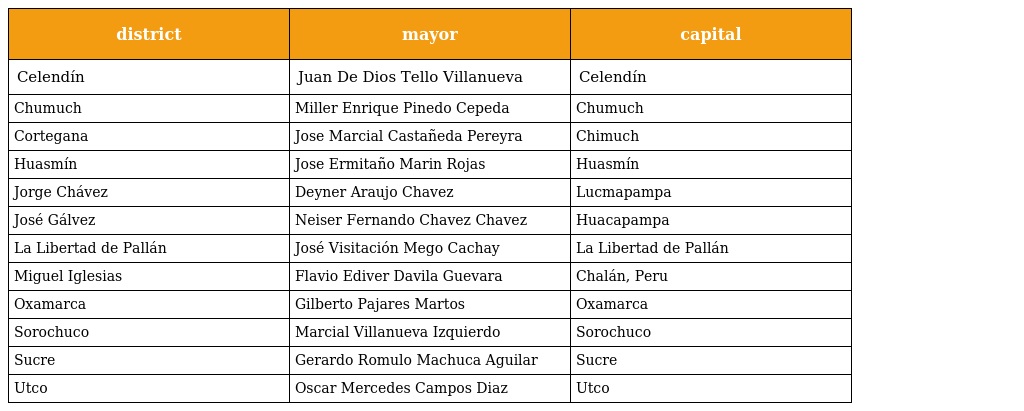
| district | mayor | capital |
 | --- | --- | --- |
 | Celendín | Juan De Dios Tello Villanueva | Celendín |
 | Chumuch | Miller Enrique Pinedo Cepeda | Chumuch |
 | Cortegana | Jose Marcial Castañeda Pereyra | Chimuch |
 | Huasmín | Jose Ermitaño Marin Rojas | Huasmín |
 | Jorge Chávez | Deyner Araujo Chavez | Lucmapampa |
 | José Gálvez | Neiser Fernando Chavez Chavez | Huacapampa |
 | La Libertad de Pallán | José Visitación Mego Cachay | La Libertad de Pallán |
 | Miguel Iglesias | Flavio Ediver Davila Guevara | Chalán, Peru |
 | Oxamarca | Gilberto Pajares Martos | Oxamarca |
 | Sorochuco | Marcial Villanueva Izquierdo | Sorochuco |
 | Sucre | Gerardo Romulo Machuca Aguilar | Sucre |
 | Utco | Oscar Mercedes Campos Diaz | Utco |